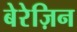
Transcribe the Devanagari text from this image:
बेरेज़िन